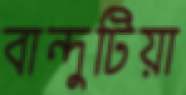
বান্দুটিয়া